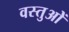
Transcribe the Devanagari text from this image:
वस्तुओें